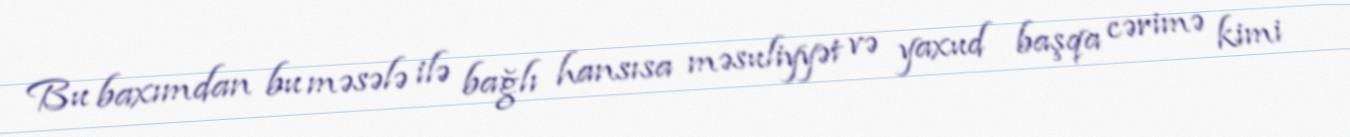
Bu baxımdan bu məsələ ilə bağlı hansısa məsuliyyət və yaxud başqa cərimə kimi